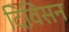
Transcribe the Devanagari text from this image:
दिविसन